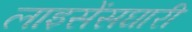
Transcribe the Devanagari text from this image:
लाइसेंसघारी